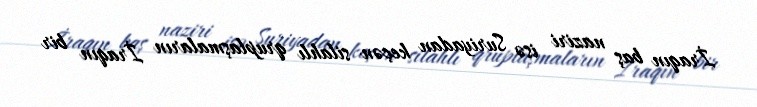
İraqın baş naziri isə Suriyadan keçən silahlı qruplaşmaların İraqın bir